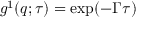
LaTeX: \ g ^ { 1 } ( q ; \tau ) = \exp ( - \Gamma \tau )